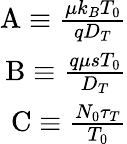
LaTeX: \begin{array}{r}{\mathrm{A}\equiv\frac{\mu k_{B}T_{0}}{qD_{T}}}\\ {\mathrm{B}\equiv\frac{q\mu sT_{0}}{D_{T}}}\\ {\mathrm{C}\equiv\frac{N_{0}\tau_{T}}{T_{0}}}\end{array}